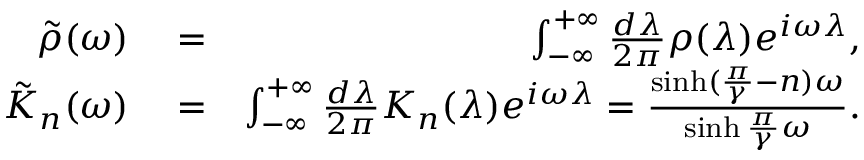
\begin{array} { r l r } { \tilde { \rho } ( \omega ) } & { { } = } & { \int _ { - \infty } ^ { + \infty } \frac { d \lambda } { 2 \pi } \rho ( \lambda ) e ^ { i \omega \lambda } , } \\ { \tilde { K } _ { n } ( \omega ) } & { { } = } & { \int _ { - \infty } ^ { + \infty } \frac { d \lambda } { 2 \pi } K _ { n } ( \lambda ) e ^ { i \omega \lambda } = \frac { \sinh ( \frac { \pi } { \gamma } - n ) \omega } { \sinh \frac { \pi } { \gamma } \omega } . } \end{array}